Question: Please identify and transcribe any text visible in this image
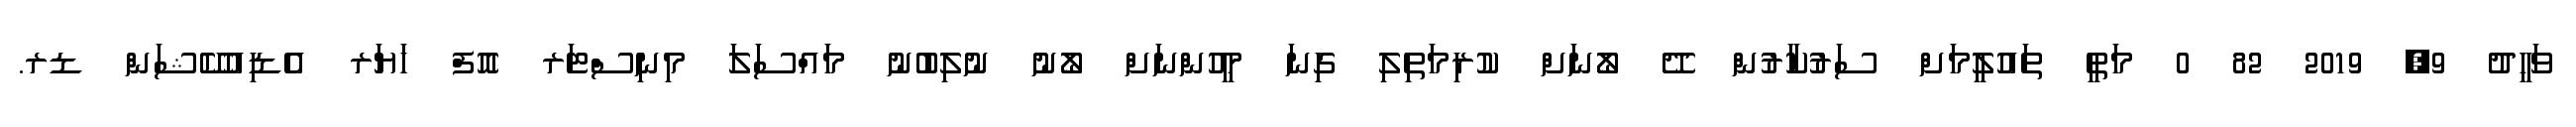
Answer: ވަހީދު 9, 2019 82 0 މަތީ ތައުލީމަށް ސަރުކާރުން ދޭ ލޯނަށް ކުރިމަތިލި ގިނަ މީހުންނަށް ލޯނު ނުލިބުނު މައްސަލަ މިނިސްޓަރ އޮފް ހަޔަރ އެޑިއުކޭޝަން ޑރ.